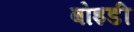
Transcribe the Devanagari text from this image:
बोइडी